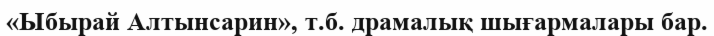
«Ыбырай Алтынсарин», т.б. драмалық шығармалары бар.